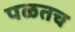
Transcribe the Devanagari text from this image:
पळतच